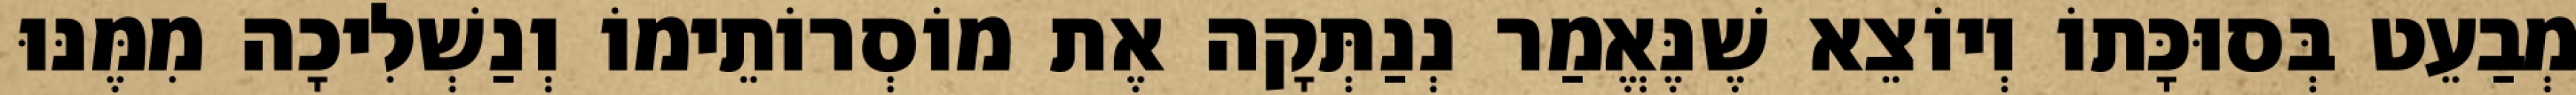
מְבַעֵט בְּסוּכָּתוֹ וְיוֹצֵא שֶׁנֶּאֱמַר נְנַתְּקָה אֶת מוֹסְרוֹתֵימוֹ וְנַשְׁלִיכָה מִמֶּנּוּ